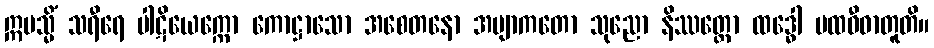
ဣမသ္မိံ သရီရေ ပါဋိယေက္ကော ကောဋ္ဌာသော အစေတနော အဗျာကတော သုညော နိဿတ္တော ထဒ္ဓေါ ပထဝီဓာတူတိ။